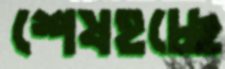
শেষহচ্ছে